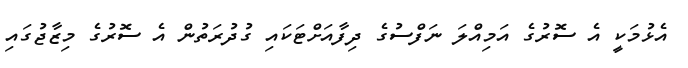
އެޅުމަކީ އެ ސޮރުގެ އަމިއްލަ ނަފްސުގެ ދިފާއަށްޓަކައި ގުދުރަތުން އެ ސޮރުގެ މިޒާޖުގައި